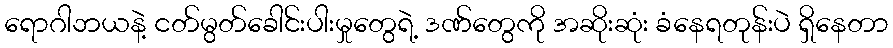
ရောဂါဘယနဲ့ ငတ်မွတ်ခေါင်းပါးမှုတွေရဲ့ ဒဏ်တွေကို အဆိုးဆုံး ခံနေရတုန်းပဲ ရှိနေတာ